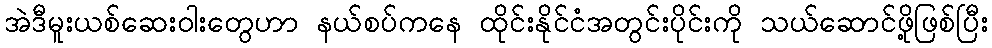
အဲဒီမူးယစ်ဆေးဝါးတွေဟာ နယ်စပ်ကနေ ထိုင်းနိုင်ငံအတွင်းပိုင်းကို သယ်ဆောင်ဖို့ဖြစ်ပြီး